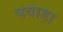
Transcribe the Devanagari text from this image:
पवाड़ा